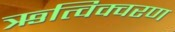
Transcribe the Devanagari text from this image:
ऋत्विक्वरण